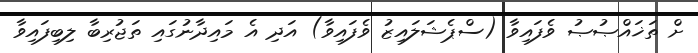
ށް ތަޚައްޞުޞު ވެފައިވާ (ސްޕެޝަލައިޒު ވެފައިވާ) އަދި އެ މައިދާނުގައި ތަޖުރިބާ ލިބިފައިވާ